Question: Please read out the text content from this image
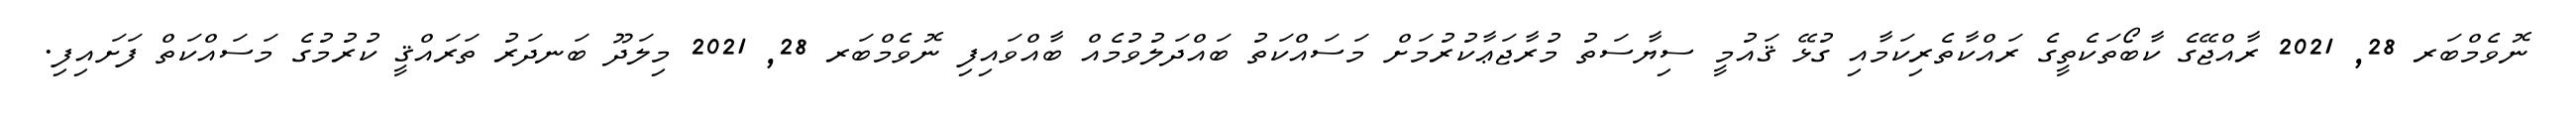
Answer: ނޮވެމްބަރ 28, 2021 ރާއްޖޭގެ ކާބޯތަކެތީގެ ރައްކާތެރިކަމާއި ގުޅޭ ޤައުމީ ސިޔާސަތު މުރާޖަޢާކުރުމަށް މަސައްކަތު ބައްދަލުވުމެއް ބާއްވައިފި ނޮވެމްބަރ 28, 2021 މިލަދޫ ބަނދަރު ތަރައްޤީ ކުރުމުގެ މަސައްކަތް ފަށައިފި.